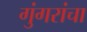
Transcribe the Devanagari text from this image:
गुंगरांचा